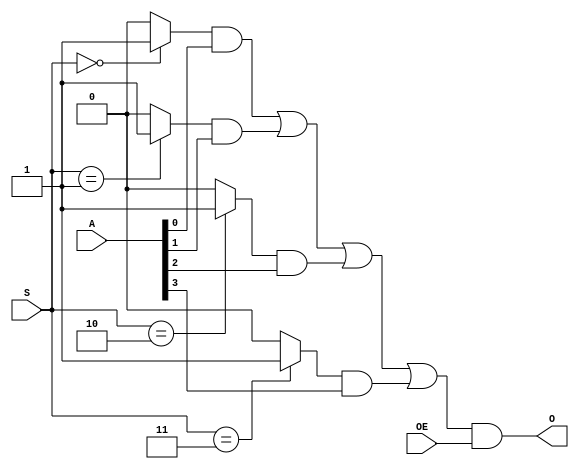
// -- (c) Copyright 2010 - 2011 Xilinx, Inc. All rights reserved.
// --
// -- This file contains confidential and proprietary information
// -- of Xilinx, Inc. and is protected under U.S. and 
// -- international copyright and other intellectual property
// -- laws.
// --
// -- DISCLAIMER
// -- This disclaimer is not a license and does not grant any
// -- rights to the materials distributed herewith. Except as
// -- otherwise provided in a valid license issued to you by
// -- Xilinx, and to the maximum extent permitted by applicable
// -- law: (1) THESE MATERIALS ARE MADE AVAILABLE "AS IS" AND
// -- WITH ALL FAULTS, AND XILINX HEREBY DISCLAIMS ALL WARRANTIES
// -- AND CONDITIONS, EXPRESS, IMPLIED, OR STATUTORY, INCLUDING
// -- BUT NOT LIMITED TO WARRANTIES OF MERCHANTABILITY, NON-
// -- INFRINGEMENT, OR FITNESS FOR ANY PARTICULAR PURPOSE; and
// -- (2) Xilinx shall not be liable (whether in contract or tort,
// -- including negligence, or under any other theory of
// -- liability) for any loss or damage of any kind or nature
// -- related to, arising under or in connection with these
// -- materials, including for any direct, or any indirect,
// -- special, incidental, or consequential loss or damage
// -- (including loss of data, profits, goodwill, or any type of
// -- loss or damage suffered as a result of any action brought
// -- by a third party) even if such damage or loss was
// -- reasonably foreseeable or Xilinx had been advised of the
// -- possibility of the same.
// --
// -- CRITICAL APPLICATIONS
// -- Xilinx products are not designed or intended to be fail-
// -- safe, or for use in any application requiring fail-safe
// -- performance, such as life-support or safety devices or
// -- systems, Class III medical devices, nuclear facilities,
// -- applications related to the deployment of airbags, or any
// -- other applications that could lead to death, personal
// -- injury, or severe property or environmental damage
// -- (individually and collectively, "Critical
// -- Applications"). Customer assumes the sole risk and
// -- liability of any use of Xilinx products in Critical
// -- Applications, subject only to applicable laws and
// -- regulations governing limitations on product liability.
// --
// -- THIS COPYRIGHT NOTICE AND DISCLAIMER MUST BE RETAINED AS
// -- PART OF THIS FILE AT ALL TIMES.
//-----------------------------------------------------------------------------
//
// Description: 
//  Optimized Mux using MUXF7/8.
//  Any generic_baseblocks_v2_1_0_mux ratio.
//
// Verilog-standard:  Verilog 2001
//--------------------------------------------------------------------------
//
// Structure:
//   mux_enc
//
//--------------------------------------------------------------------------
`timescale 1ps/1ps


(* DowngradeIPIdentifiedWarnings="yes" *) 
module generic_baseblocks_v2_1_0_mux_enc #
  (
   parameter         C_FAMILY                       = "rtl",
                       // FPGA Family. Current version: virtex6 or spartan6.
   parameter integer C_RATIO                        = 4,
                       // Mux select ratio. Can be any binary value (>= 1)
   parameter integer C_SEL_WIDTH                    = 2,
                       // Log2-ceiling of C_RATIO (>= 1)
   parameter integer C_DATA_WIDTH                   = 1
                       // Data width for generic_baseblocks_v2_1_0_comparator (>= 1)
   )
  (
   input  wire [C_SEL_WIDTH-1:0]                    S,
   input  wire [C_RATIO*C_DATA_WIDTH-1:0]           A,
   output wire [C_DATA_WIDTH-1:0]                   O,
   input  wire                                      OE
   );
  
  wire [C_DATA_WIDTH-1:0] o_i;
  genvar bit_cnt;
  
  function [C_DATA_WIDTH-1:0] f_mux
    (
     input [C_SEL_WIDTH-1:0] s,
     input [C_RATIO*C_DATA_WIDTH-1:0] a
     );
    integer i;
    reg [C_RATIO*C_DATA_WIDTH-1:0] carry;
    begin
      carry[C_DATA_WIDTH-1:0] = {C_DATA_WIDTH{(s==0)?1'b1:1'b0}} & a[C_DATA_WIDTH-1:0];
      for (i=1;i<C_RATIO;i=i+1) begin : gen_carrychain_enc
        carry[i*C_DATA_WIDTH +: C_DATA_WIDTH] = 
          carry[(i-1)*C_DATA_WIDTH +: C_DATA_WIDTH] |
          ({C_DATA_WIDTH{(s==i)?1'b1:1'b0}} & a[i*C_DATA_WIDTH +: C_DATA_WIDTH]);
      end
      f_mux = carry[C_DATA_WIDTH*C_RATIO-1:C_DATA_WIDTH*(C_RATIO-1)];
    end
  endfunction
  
  function [C_DATA_WIDTH-1:0] f_mux4
    (
     input [1:0] s,
     input [4*C_DATA_WIDTH-1:0] a
     );
    integer i;
    reg [4*C_DATA_WIDTH-1:0] carry;
    begin
      carry[C_DATA_WIDTH-1:0] = {C_DATA_WIDTH{(s==0)?1'b1:1'b0}} & a[C_DATA_WIDTH-1:0];
      for (i=1;i<4;i=i+1) begin : gen_carrychain_enc
        carry[i*C_DATA_WIDTH +: C_DATA_WIDTH] = 
          carry[(i-1)*C_DATA_WIDTH +: C_DATA_WIDTH] |
          ({C_DATA_WIDTH{(s==i)?1'b1:1'b0}} & a[i*C_DATA_WIDTH +: C_DATA_WIDTH]);
      end
      f_mux4 = carry[C_DATA_WIDTH*4-1:C_DATA_WIDTH*3];
    end
  endfunction
  
  assign O = o_i & {C_DATA_WIDTH{OE}};  // OE is gated AFTER any MUXF7/8 (can only optimize forward into downstream logic)
  
  generate
    if ( C_RATIO < 2 ) begin : gen_bypass
      assign o_i = A;
    end else if ( C_FAMILY == "rtl" || C_RATIO < 5 ) begin : gen_rtl
      assign o_i = f_mux(S, A);
      
    end else begin : gen_fpga
      wire [C_DATA_WIDTH-1:0] l;
      wire [C_DATA_WIDTH-1:0] h;
      wire [C_DATA_WIDTH-1:0] ll;
      wire [C_DATA_WIDTH-1:0] lh;
      wire [C_DATA_WIDTH-1:0] hl;
      wire [C_DATA_WIDTH-1:0] hh;
      
      case (C_RATIO)
        1, 5, 9, 13: 
          assign hh = A[(C_RATIO-1)*C_DATA_WIDTH +: C_DATA_WIDTH];
        2, 6, 10, 14:
          assign hh = S[0] ? 
            A[(C_RATIO-1)*C_DATA_WIDTH +: C_DATA_WIDTH] :
            A[(C_RATIO-2)*C_DATA_WIDTH +: C_DATA_WIDTH] ;
        3, 7, 11, 15:
          assign hh = S[1] ? 
            A[(C_RATIO-1)*C_DATA_WIDTH +: C_DATA_WIDTH] :
            (S[0] ? 
              A[(C_RATIO-2)*C_DATA_WIDTH +: C_DATA_WIDTH] :
              A[(C_RATIO-3)*C_DATA_WIDTH +: C_DATA_WIDTH] );
        4, 8, 12, 16:
          assign hh = S[1] ? 
            (S[0] ? 
              A[(C_RATIO-1)*C_DATA_WIDTH +: C_DATA_WIDTH] :
              A[(C_RATIO-2)*C_DATA_WIDTH +: C_DATA_WIDTH] ) :
            (S[0] ? 
              A[(C_RATIO-3)*C_DATA_WIDTH +: C_DATA_WIDTH] :
              A[(C_RATIO-4)*C_DATA_WIDTH +: C_DATA_WIDTH] );
        17:
          assign hh = S[1] ? 
            (S[0] ? 
              A[15*C_DATA_WIDTH +: C_DATA_WIDTH] :
              A[14*C_DATA_WIDTH +: C_DATA_WIDTH] ) :
            (S[0] ? 
              A[13*C_DATA_WIDTH +: C_DATA_WIDTH] :
              A[12*C_DATA_WIDTH +: C_DATA_WIDTH] );
        default:
          assign hh = 0; 
      endcase

      case (C_RATIO)
        5, 6, 7, 8: begin
          assign l = f_mux4(S[1:0], A[0 +: 4*C_DATA_WIDTH]);
          for (bit_cnt = 0; bit_cnt < C_DATA_WIDTH ; bit_cnt = bit_cnt + 1) begin : gen_mux_5_8
            MUXF7 mux_s2_inst 
            (
             .I0  (l[bit_cnt]),
             .I1  (hh[bit_cnt]),
             .S   (S[2]),
             .O   (o_i[bit_cnt])
            ); 
          end
        end
          
        9, 10, 11, 12: begin
          assign ll = f_mux4(S[1:0], A[0 +: 4*C_DATA_WIDTH]);
          assign lh = f_mux4(S[1:0], A[4*C_DATA_WIDTH +: 4*C_DATA_WIDTH]);
          for (bit_cnt = 0; bit_cnt < C_DATA_WIDTH ; bit_cnt = bit_cnt + 1) begin : gen_mux_9_12
            MUXF7 muxf_s2_low_inst 
            (
             .I0  (ll[bit_cnt]),
             .I1  (lh[bit_cnt]),
             .S   (S[2]),
             .O   (l[bit_cnt])
            ); 
            MUXF8 muxf_s3_inst 
            (
             .I0  (l[bit_cnt]),
             .I1  (hh[bit_cnt]),
             .S   (S[3]),
             .O   (o_i[bit_cnt])
            ); 
          end
        end
          
        13,14,15,16: begin
          assign ll = f_mux4(S[1:0], A[0 +: 4*C_DATA_WIDTH]);
          assign lh = f_mux4(S[1:0], A[4*C_DATA_WIDTH +: 4*C_DATA_WIDTH]);
          assign hl = f_mux4(S[1:0], A[8*C_DATA_WIDTH +: 4*C_DATA_WIDTH]);
          for (bit_cnt = 0; bit_cnt < C_DATA_WIDTH ; bit_cnt = bit_cnt + 1) begin : gen_mux_13_16
            MUXF7 muxf_s2_low_inst 
            (
             .I0  (ll[bit_cnt]),
             .I1  (lh[bit_cnt]),
             .S   (S[2]),
             .O   (l[bit_cnt])
            ); 
            MUXF7 muxf_s2_hi_inst 
            (
             .I0  (hl[bit_cnt]),
             .I1  (hh[bit_cnt]),
             .S   (S[2]),
             .O   (h[bit_cnt])
            );
          
            MUXF8 muxf_s3_inst 
            (
             .I0  (l[bit_cnt]),
             .I1  (h[bit_cnt]),
             .S   (S[3]),
             .O   (o_i[bit_cnt])
            ); 
          end
        end
          
        17: begin
          assign ll = S[4] ? A[16*C_DATA_WIDTH +: C_DATA_WIDTH] : f_mux4(S[1:0], A[0 +: 4*C_DATA_WIDTH]);  // 5-input mux
          assign lh = f_mux4(S[1:0], A[4*C_DATA_WIDTH +: 4*C_DATA_WIDTH]);
          assign hl = f_mux4(S[1:0], A[8*C_DATA_WIDTH +: 4*C_DATA_WIDTH]);
          for (bit_cnt = 0; bit_cnt < C_DATA_WIDTH ; bit_cnt = bit_cnt + 1) begin : gen_mux_17
            MUXF7 muxf_s2_low_inst 
            (
             .I0  (ll[bit_cnt]),
             .I1  (lh[bit_cnt]),
             .S   (S[2]),
             .O   (l[bit_cnt])
            ); 
            MUXF7 muxf_s2_hi_inst 
            (
             .I0  (hl[bit_cnt]),
             .I1  (hh[bit_cnt]),
             .S   (S[2]),
             .O   (h[bit_cnt])
            ); 
            MUXF8 muxf_s3_inst 
            (
             .I0  (l[bit_cnt]),
             .I1  (h[bit_cnt]),
             .S   (S[3]),
             .O   (o_i[bit_cnt])
            ); 
          end
        end
          
        default:  // If RATIO > 17, use RTL
          assign o_i = f_mux(S, A);
      endcase
    end  // gen_fpga
  endgenerate
endmodule